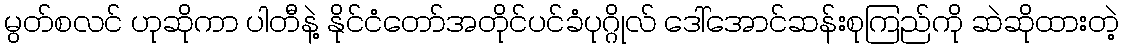
မွတ်စလင် ဟုဆိုကာ ပါတီနဲ့ နိုင်ငံတော်အတိုင်ပင်ခံပုဂ္ဂိုလ် ဒေါ်အောင်ဆန်းစုကြည်ကို ဆဲဆိုထားတဲ့